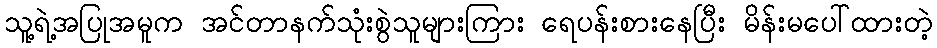
သူ့ရဲ့အပြုအမူက အင်တာနက်သုံးစွဲသူများကြား ရေပန်းစားနေပြီး မိန်းမပေါ်ထားတဲ့